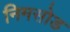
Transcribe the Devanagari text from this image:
निमसोड